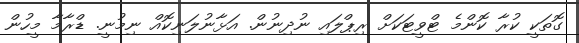
ގޮތަކީ ކުރާ ކޮންމެ ޓްވީޓަކަށް ރިޕްލައި ނުދިނުން. އަޅާނުލަނިކޮއް ނިމުނީ. ޑްރާމާ މީހުން